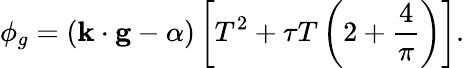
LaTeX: \phi_{g}=\left(\mathbf{k\cdot g}-\alpha\right)\left[T^{2}+\tau T\left(2+\frac{4}{\pi}\right)\right].